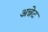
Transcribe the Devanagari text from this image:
अन्नेट